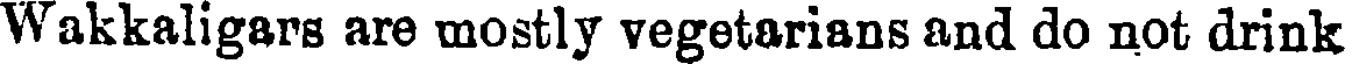
Wakkaligars are mostly vegetarians and do not drink